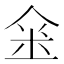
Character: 𠊍